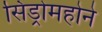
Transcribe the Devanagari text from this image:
सिंड्रोमहोने